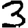
Digit: 3